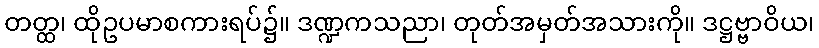
တတ္ထ၊ ထိုဥပမာစကားရပ်၌။ ဒဏ္ဍကသညာ၊ တုတ်အမှတ်အသားကို။ ဒဋ္ဌဗ္ဗာဝိယ၊